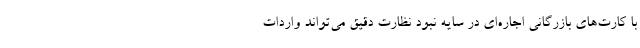
با کارت‌های بازرگانی اجاره‌ای در سایه نبود نظارت دقیق می‌تواند واردات